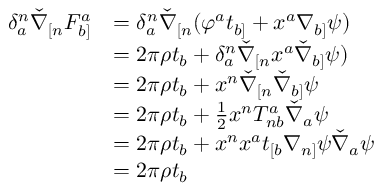
\begin{array} { r l } { \delta ^ { n } _ { a } \check { \nabla } _ { [ n } F ^ { a } _ { b ] } } & { = \delta ^ { n } _ { a } \check { \nabla } _ { [ n } ( \varphi ^ { a } t _ { b ] } + x ^ { a } \nabla _ { b ] } \psi ) } \\ & { = 2 \pi \rho t _ { b } + \delta ^ { n } _ { a } \check { \nabla } _ { [ n } x ^ { a } \check { \nabla } _ { b ] } \psi ) } \\ & { = 2 \pi \rho t _ { b } + x ^ { n } \check { \nabla } _ { [ n } \check { \nabla } _ { b ] } \psi } \\ & { = 2 \pi \rho t _ { b } + \frac { 1 } { 2 } x ^ { n } T ^ { a } _ { n b } \check { \nabla } _ { a } \psi } \\ & { = 2 \pi \rho t _ { b } + x ^ { n } x ^ { a } t _ { [ b } \nabla _ { n ] } \psi \check { \nabla } _ { a } \psi } \\ & { = 2 \pi \rho t _ { b } } \end{array}